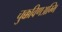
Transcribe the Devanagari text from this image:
चुक्कविणअम्मि